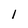
Character: 1